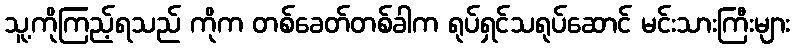
သူ့ကိုကြည့်ရသည် ကိုက တစ်ခေတ်တစ်ခါက ရုပ်ရှင်သရုပ်ဆောင် မင်းသားကြီးများ